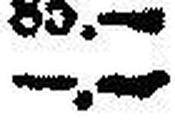
—.—